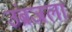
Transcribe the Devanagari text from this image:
उंब्रजला